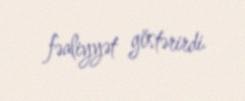
fəaliyyət göstərirdi.